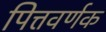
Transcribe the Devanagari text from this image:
पित्तवर्णक